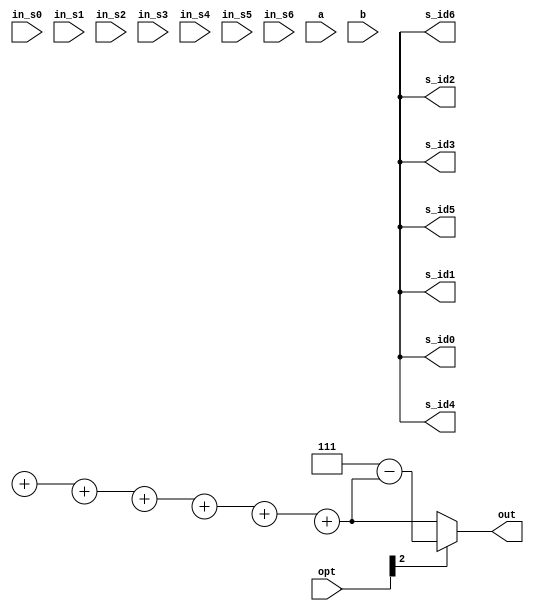
module CC(
  in_s0,
  in_s1,
  in_s2,
  in_s3,
  in_s4,
  in_s5,
  in_s6,
  opt,
  a,
  b,
  s_id0,
  s_id1,
  s_id2,
  s_id3,
  s_id4,
  s_id5,
  s_id6,
  out

);
input [3:0]in_s0;
input [3:0]in_s1;
input [3:0]in_s2;
input [3:0]in_s3;
input [3:0]in_s4;
input [3:0]in_s5;
input [3:0]in_s6;
input [2:0]opt;
input [1:0]a;
input [2:0]b;
output [2:0] s_id0;
output [2:0] s_id1;
output [2:0] s_id2;
output [2:0] s_id3;
output [2:0] s_id4;
output [2:0] s_id5;
output [2:0] s_id6;
output [2:0] out; 
//==================================================================
// reg & wire
//==================================================================
wire [3:0]in_s0, in_s1, in_s2, in_s3, in_s4, in_s5, in_s6;
wire [2:0]opt;
wire [1:0]a;
wire [2:0]b;
wire [2:0] s_id0, s_id1, s_id2, s_id3, s_id4, s_id5, s_id6;
wire [2:0] out; 
wire [7:0] w1;
wire [7:0] w2;
wire [6:0] w3;
wire [7:0] ps;
wire [7:0] w4;
wire [2:0] w5;
//==================================================================
// design
//==================================================================
cga ca0_0(.i0({3'd0, in_s0}), .i1({3'd1, in_s1}), .sb(opt[0]), .o0(), .o1());
cga ca0_1(.i0(ca0_0.o1),      .i1({3'd2, in_s2}), .sb(opt[0]), .o0(), .o1());
cga ca0_2(.i0(ca0_1.o1),      .i1({3'd3, in_s3}), .sb(opt[0]), .o0(), .o1());
cga ca0_3(.i0(ca0_2.o1),      .i1({3'd4, in_s4}), .sb(opt[0]), .o0(), .o1());
cga ca0_4(.i0(ca0_3.o1),      .i1({3'd5, in_s5}), .sb(opt[0]), .o0(), .o1());
cga ca0(  .i0(ca0_4.o1),      .i1({3'd6, in_s6}), .sb(opt[0]), .o0(), .o1());
cga ca1_0(.i0(ca0_0.o0),      .i1(ca0_1.o0),      .sb(opt[0]), .o0(), .o1());
cga ca1_1(.i0(ca1_0.o1),      .i1(ca0_2.o0),      .sb(opt[0]), .o0(), .o1());
cga ca1_2(.i0(ca1_1.o1),      .i1(ca0_3.o0),      .sb(opt[0]), .o0(), .o1());
cga ca1_3(.i0(ca1_2.o1),      .i1(ca0_4.o0),      .sb(opt[0]), .o0(), .o1());
cga ca1(  .i0(ca1_3.o1),      .i1(ca0.o0  ),      .sb(opt[0]), .o0(), .o1());
cga ca2_0(.i0(ca1_0.o0),      .i1(ca1_1.o0),      .sb(opt[0]), .o0(), .o1());
cga ca2_1(.i0(ca2_0.o1),      .i1(ca1_2.o0),      .sb(opt[0]), .o0(), .o1());
cga ca2_2(.i0(ca2_1.o1),      .i1(ca1_3.o0),      .sb(opt[0]), .o0(), .o1());
cga ca2(  .i0(ca2_2.o1),      .i1(ca1.o0  ),      .sb(opt[0]), .o0(), .o1());
cga ca3_0(.i0(ca2_0.o0),      .i1(ca2_1.o0),      .sb(opt[0]), .o0(), .o1());
cga ca3_1(.i0(ca3_0.o1),      .i1(ca2_2.o0),      .sb(opt[0]), .o0(), .o1());
cga ca3(  .i0(ca3_1.o1),      .i1(ca2.o0  ),      .sb(opt[0]), .o0(), .o1());
cga ca4_0(.i0(ca3_0.o0),      .i1(ca3_1.o0),      .sb(opt[0]), .o0(), .o1());
cga ca4(  .i0(ca4_0.o1),      .i1(ca3.o0  ),      .sb(opt[0]), .o0(), .o1());
cga ca5(  .i0(ca4_0.o0),      .i1(ca4.o0  ),      .sb(opt[0]), .o0(), .o1());
cgd cd0_0(.i0({3'd0, in_s0}), .i1({3'd1, in_s1}), .sb(opt[0]), .o0(), .o1());
cgd cd0_1(.i0(cd0_0.o1),      .i1({3'd2, in_s2}), .sb(opt[0]), .o0(), .o1());
cgd cd0_2(.i0(cd0_1.o1),      .i1({3'd3, in_s3}), .sb(opt[0]), .o0(), .o1());
cgd cd0_3(.i0(cd0_2.o1),      .i1({3'd4, in_s4}), .sb(opt[0]), .o0(), .o1());
cgd cd0_4(.i0(cd0_3.o1),      .i1({3'd5, in_s5}), .sb(opt[0]), .o0(), .o1());
cgd cd0(  .i0(cd0_4.o1),      .i1({3'd6, in_s6}), .sb(opt[0]), .o0(), .o1());
cgd cd1_0(.i0(cd0_0.o0),      .i1(cd0_1.o0),      .sb(opt[0]), .o0(), .o1());
cgd cd1_1(.i0(cd1_0.o1),      .i1(cd0_2.o0),      .sb(opt[0]), .o0(), .o1());
cgd cd1_2(.i0(cd1_1.o1),      .i1(cd0_3.o0),      .sb(opt[0]), .o0(), .o1());
cgd cd1_3(.i0(cd1_2.o1),      .i1(cd0_4.o0),      .sb(opt[0]), .o0(), .o1());
cgd cd1(  .i0(cd1_3.o1),      .i1(cd0.o0  ),      .sb(opt[0]), .o0(), .o1());
cgd cd2_0(.i0(cd1_0.o0),      .i1(cd1_1.o0),      .sb(opt[0]), .o0(), .o1());
cgd cd2_1(.i0(cd2_0.o1),      .i1(cd1_2.o0),      .sb(opt[0]), .o0(), .o1());
cgd cd2_2(.i0(cd2_1.o1),      .i1(cd1_3.o0),      .sb(opt[0]), .o0(), .o1());
cgd cd2(  .i0(cd2_2.o1),      .i1(cd1.o0  ),      .sb(opt[0]), .o0(), .o1());
cgd cd3_0(.i0(cd2_0.o0),      .i1(cd2_1.o0),      .sb(opt[0]), .o0(), .o1());
cgd cd3_1(.i0(cd3_0.o1),      .i1(cd2_2.o0),      .sb(opt[0]), .o0(), .o1());
cgd cd3(  .i0(cd3_1.o1),      .i1(cd2.o0  ),      .sb(opt[0]), .o0(), .o1());
cgd cd4_0(.i0(cd3_0.o0),      .i1(cd3_1.o0),      .sb(opt[0]), .o0(), .o1());
cgd cd4(  .i0(cd4_0.o1),      .i1(cd3.o0  ),      .sb(opt[0]), .o0(), .o1());
cgd cd5(  .i0(cd4_0.o0),      .i1(cd4.o0  ),      .sb(opt[0]), .o0(), .o1());
comp4 cp4_0(.ni(in_s0), .no());
comp4 cp4_1(.ni(in_s1), .no());
comp4 cp4_2(.ni(in_s2), .no());
comp4 cp4_3(.ni(in_s3), .no());
comp4 cp4_4(.ni(in_s4), .no());
comp4 cp4_5(.ni(in_s5), .no());
comp4 cp4_6(.ni(in_s6), .no());
comp8 cp8_0(.ni({4'b0, cp4_0.no}/w4), .no());
comp8 cp8_1(.ni({4'b0, cp4_1.no}/w4), .no());
comp8 cp8_2(.ni({4'b0, cp4_2.no}/w4), .no());
comp8 cp8_3(.ni({4'b0, cp4_3.no}/w4), .no());
comp8 cp8_4(.ni({4'b0, cp4_4.no}/w4), .no());
comp8 cp8_5(.ni({4'b0, cp4_5.no}/w4), .no());
comp8 cp8_6(.ni({4'b0, cp4_6.no}/w4), .no());
comp8 cp8_7(.ni(w2), .no());
comp8 cp8_8(.ni(cp8_7.no/8'd7), .no());
assign w1 = a+b;
assign w3 = {in_s6[3], in_s5[3], in_s4[3], in_s3[3], in_s2[3], in_s1[3], in_s0[3]} & {7{opt[0]}};
assign w2 = (
    {{4{w3[0]}}, in_s0} + 
    {{4{w3[1]}}, in_s1} + 
    {{4{w3[2]}}, in_s2} + 
    {{4{w3[3]}}, in_s3} + 
    {{4{w3[4]}}, in_s4} + 
    {{4{w3[5]}}, in_s5} + 
    {{4{w3[6]}}, in_s6});
assign ps = (((opt[0] && w2[7])?cp8_8.no:(w2/8'd7)) - w1);
pas pas0(.si((w3[0])?(cp8_0.no):(in_s0*w4)), .ps(ps), .po());
pas pas1(.si((w3[1])?(cp8_1.no):(in_s1*w4)), .ps(ps), .po());
pas pas2(.si((w3[2])?(cp8_2.no):(in_s2*w4)), .ps(ps), .po());
pas pas3(.si((w3[3])?(cp8_3.no):(in_s3*w4)), .ps(ps), .po());
pas pas4(.si((w3[4])?(cp8_4.no):(in_s4*w4)), .ps(ps), .po());
pas pas5(.si((w3[5])?(cp8_5.no):(in_s5*w4)), .ps(ps), .po());
pas pas6(.si((w3[6])?(cp8_6.no):(in_s6*w4)), .ps(ps), .po());
assign w4 = a + 4'd1;
assign w5 = pas0.po + pas1.po + pas2.po + pas3.po + pas4.po + pas5.po + pas6.po;
assign out = (opt[2])?(3'd7 - w5):w5;
assign {s_id0, s_id1, s_id2, s_id3, s_id4, s_id5, s_id6} = (opt[1])?{
  cd5.o0[6:4], cd5.o1[6:4], cd4.o1[6:4], cd3.o1[6:4], cd2.o1[6:4], cd1.o1[6:4], cd0.o1[6:4]}:{
  ca5.o0[6:4], ca5.o1[6:4], ca4.o1[6:4], ca3.o1[6:4], ca2.o1[6:4], ca1.o1[6:4], ca0.o1[6:4]};
endmodule

module cga(i0, i1, o0, o1, sb);
input wire [6:0] i0, i1;
input wire sb;
output wire [6:0] o0, o1;
assign {o0, o1} = ( ((i1[3] && !i0[3] && sb) || (i1[3:0] < i0[3:0])) && (i1[3] || !i0[3] || !sb) )?{i1, i0}:{i0, i1};
endmodule

module cgd(i0, i1, o0, o1, sb);
input wire [6:0] i0, i1;
input wire sb;
output wire [6:0] o0, o1;
assign {o0, o1} = ( ((!i1[3] && i0[3] && sb) || (i1[3:0] > i0[3:0])) && (!i1[3] || i0[3] || !sb) )?{i1, i0}:{i0, i1};
endmodule

module comp4(ni, no);
input wire [3:0] ni;
output wire [3:0] no;
assign no = ~ni + 4'd1;
endmodule

module comp8(ni, no);
input wire [7:0] ni;
output wire [7:0] no;
assign no = ~ni + 8'd1;
endmodule

module pas(si, ps, po);
input wire [7:0] si, ps;
output wire [2:0] po;
assign po = {2'b0, ((!si[7] || ps[7]) && !(si < ps)) || (!si[7] && ps[7])};
endmodule